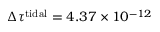
\Delta \tau _ { \mathrm { ~ \normalfont ~ \leftmoon ~ } } ^ { \mathrm { t i d a l } } = 4 . 3 7 \times 1 0 ^ { - 1 2 }